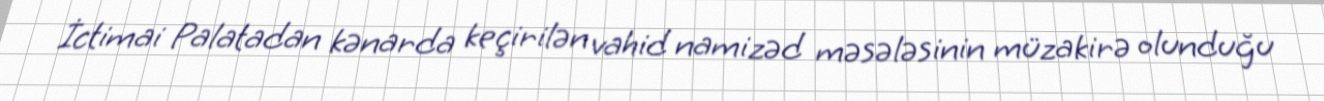
İctimai Palatadan kənarda keçirilən vahid namizəd məsələsinin müzakirə olunduğu